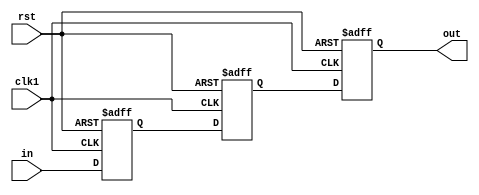
module synchronizer (
    input wire clk1,  // Clock for input signal
    input wire rst,   // Reset signal
    input wire in,    // Input signal to be synchronized
    output reg out    // Synchronized output signal
);

reg [2:0] stages [0:2];  // Three flip-flops connected in series

always @(posedge clk1 or posedge rst)
begin
    if (rst)
    begin
        stages[0] <= 1'b0;
        stages[1] <= 1'b0;
        stages[2] <= 1'b0;
    end
    else
    begin
        stages[0] <= in;
        stages[1] <= stages[0];
        stages[2] <= stages[1];
    end
end

assign out = stages[2];

endmodule